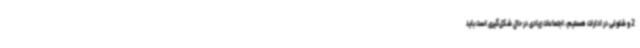
2 و شلوغی در ادارات هستیم، اجتماعات زیادی در حال شکل‌گیری است باید